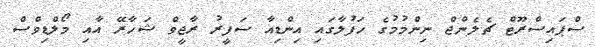
ސްޕައިސްރޫޓް ޗެލެންޖް ނިންމުމުގެ ހަފުލާގައި އިންޑިއާ ސަފީރު ރާޖީވް ޝަހާރޭ އާއި މޯލްޑިވްސް